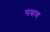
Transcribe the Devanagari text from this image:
पसव